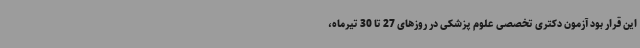
این قرار بود آزمون دکتری تخصصی علوم پزشکی در روزهای 27 تا 30 تیرماه،